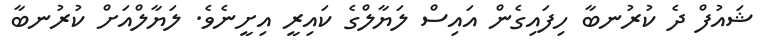
ޝައުފް ދެ ކުރުނބާ ހިފައިގެން އައިސް ލަޔާލްގެ ކައިރީ އިށީނެވެ. ލަޔާލްއަށް ކުރުނބާ